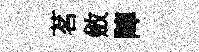
茗斂陣